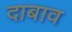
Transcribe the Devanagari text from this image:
दाबाव